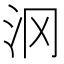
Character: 𱥵